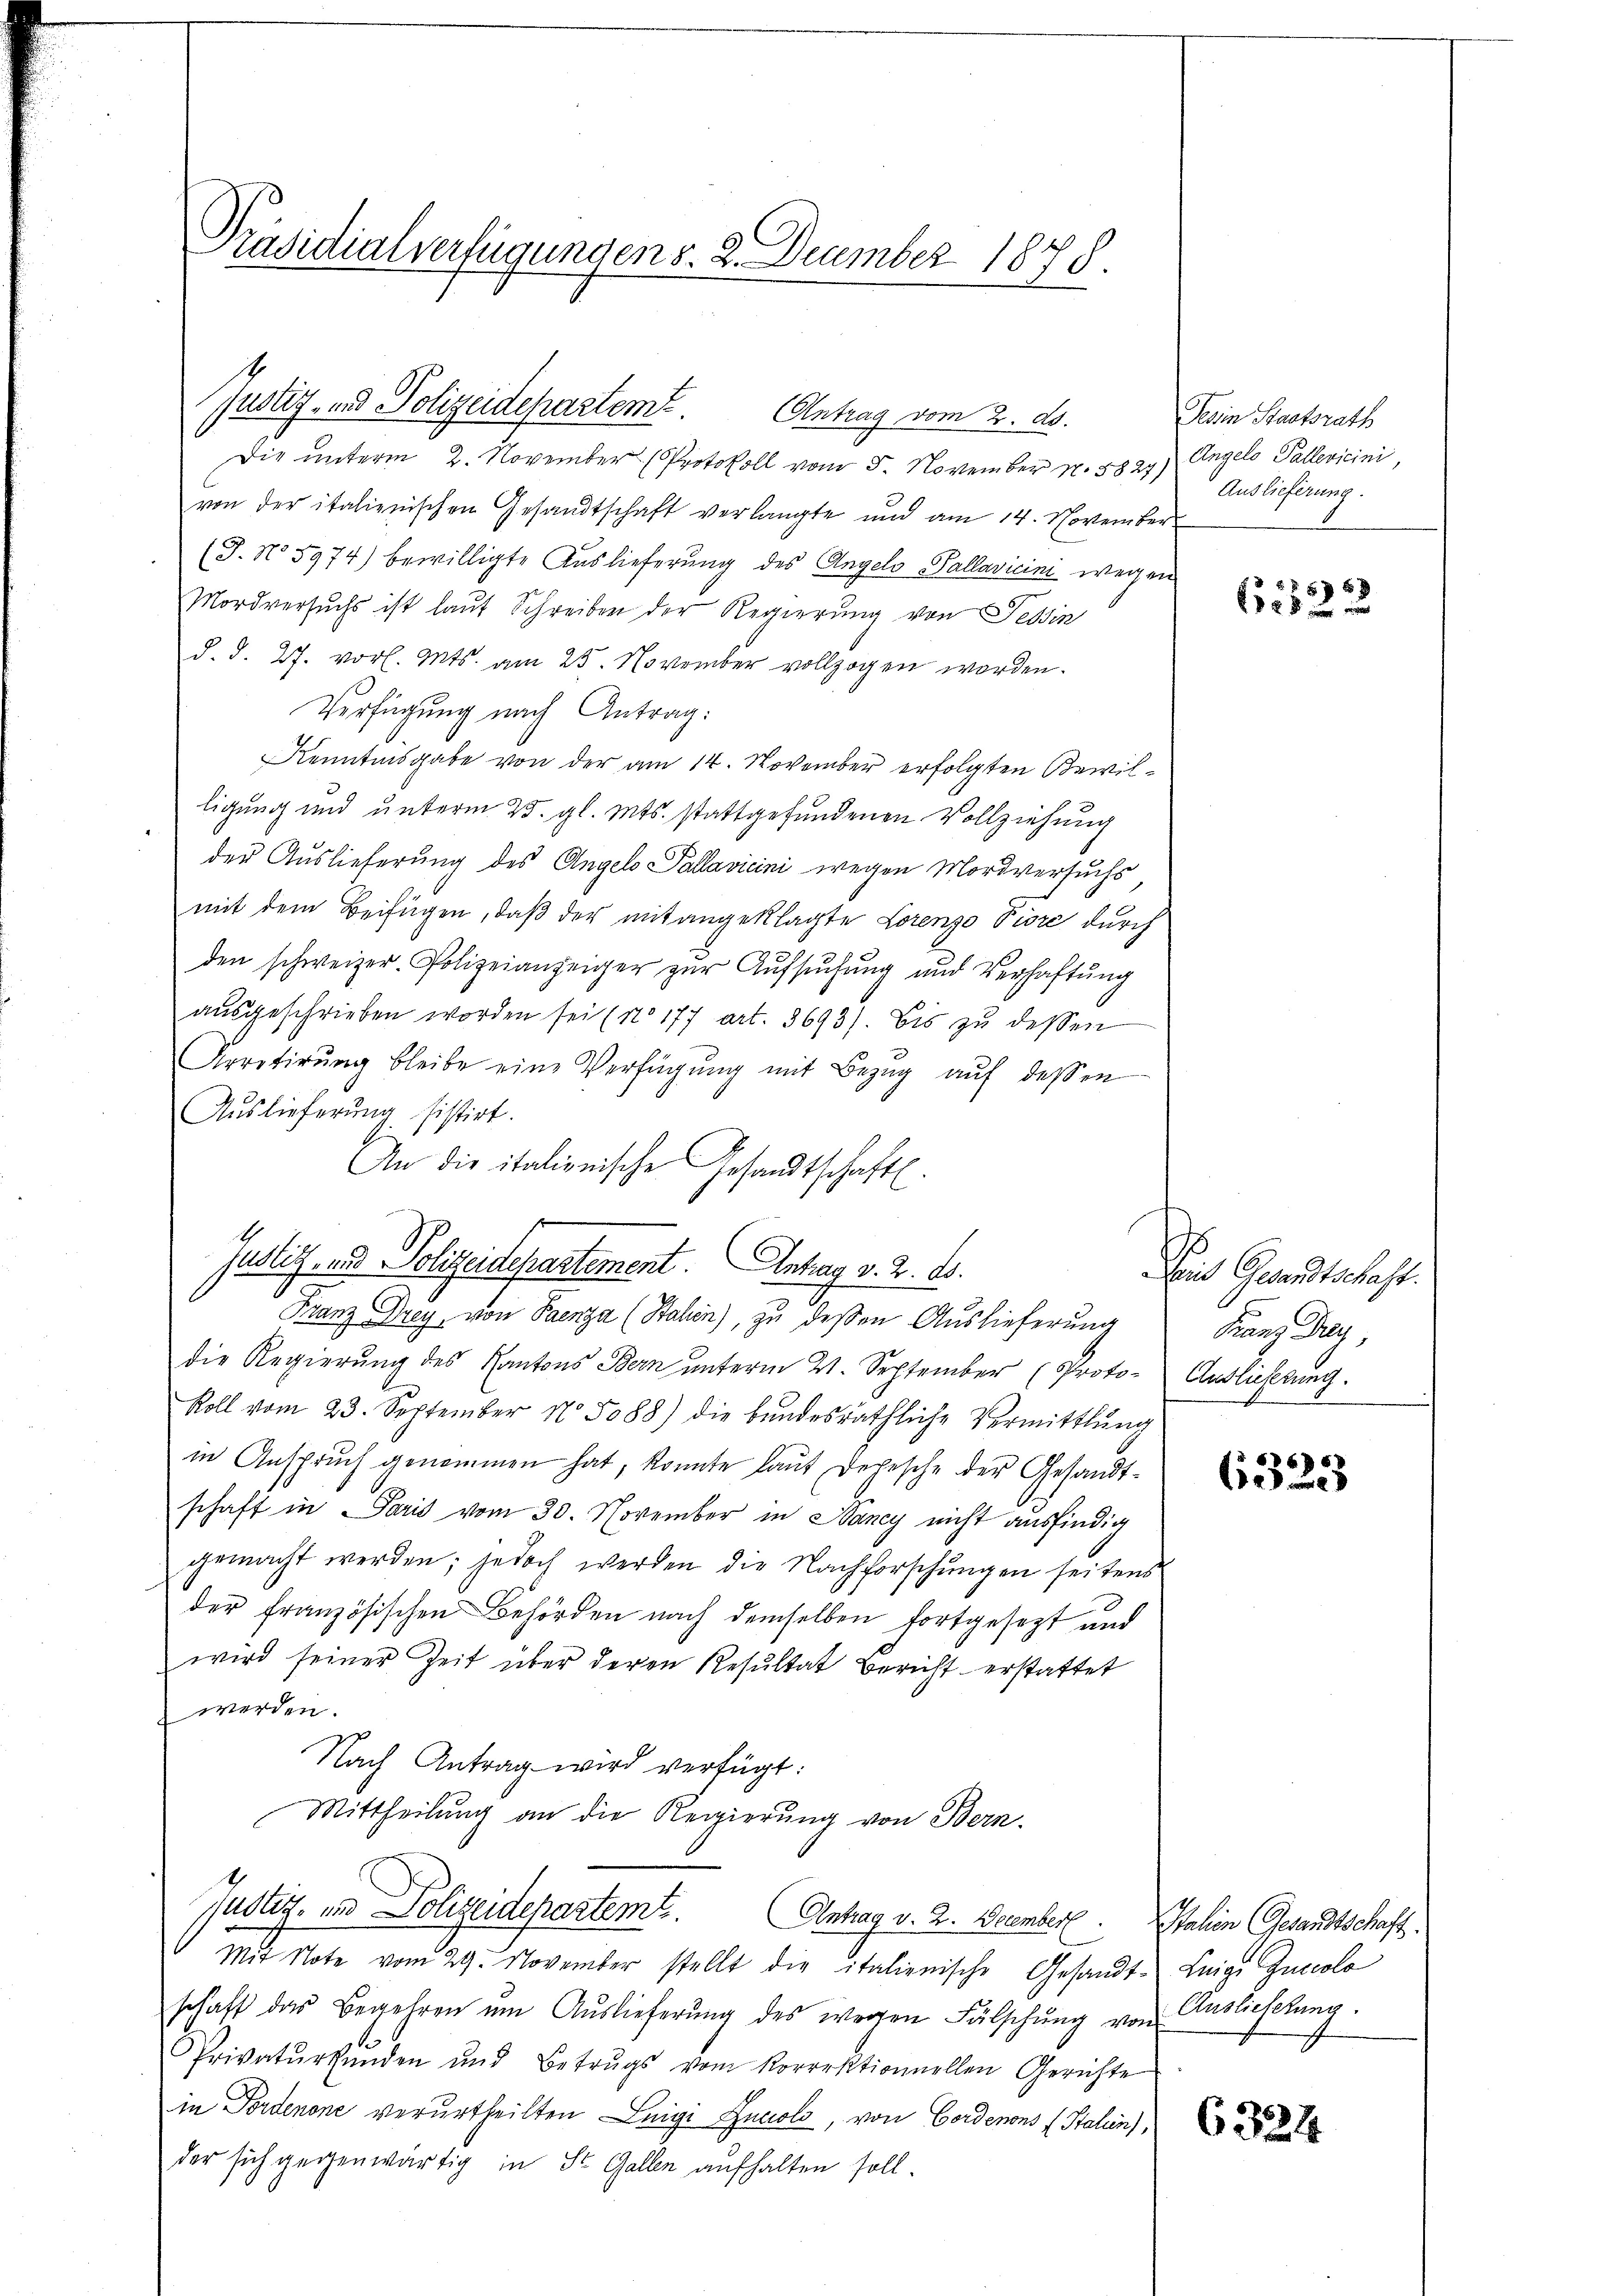
Präsidialverfügungen s. 2. Deumber 1878.

Die unterm 2. November Protokoll vom 5. November N. 8824) Angelo Pallevicini,
von der italienischen Gesandtschaft verlangte und am 14. November
(J. No 5974) bewilligte Auslieferung des Angelo Pallavicini wegen
Mordversuchs ist laut Schreiben der Regierung von Tessin
d. d. 27. vor. Mts. am 25. November vollzogen worden.
Verfügung nach Antrag:
Kenntnisgabe von der am 14. November erfolgten Bewilligung und unterm 25. gl. Mts. stattgefundenen Vollziehung
der Auslieferung des Angelo Pallavicini wegen Mordversuchs
mit dem Beifügen, daß der mit angeklagte Lorenzo Piori durch
den schweizer-Polizeianzeiger zŭr Aŭfsŭchŭng und Verhaftung
aŭsgeschrieben worden sei (No 177 Art. 3693). Bis zŭ dessen
Arretirŭng bleibe eine Verfügŭng mit Bezŭg aŭf dessen
Auslieferung sistirt.
An die italionische Gesandtschaft.
Justiz- und Polizeidepartement Antrag v. 2. ds.
Franz rey, von Paenza (Stahen), zu deßen Auslieferung
die Regierung des Kantons Bern unterm 21. September (Proto- Auslicherung.
Roll vom 23. September 15088) die bŭndesräthliche Vermittlung
in Ansprŭch genommen hat, konnte laut Depesche der Gesandt-
schaft in Paris vom 30. November in Nancy nicht ausfindig
gemacht werden; jedoch werden die Nachforschungen seitens
der französischen Behörden nach demselben fortgesezt und
wird seiner Zeit über deren Resultat Bericht erstattet
werden.
Nach Antrag wird verfügt:
Mittheilung an die Regierung von Bern.
Justiz- und Polizeidepartemt. Antrag v. 2. Decembert. Jahren Gesandtschaft.
Mit Note vom 29. November stellt die italienische Gesandt-Leige Guccolo
schaft das Begehren um Auslieferŭng des wegen Fälschung von Auslieferung.
Privaturkunden und Betrugs vom Korrektionnellen Gerichte
in Fordenone verurtheilten Luigi Incolo, von Cordenons Stalien),
der sich gegenwärtig in St. Gallen aufhalten soll.

Justiz- und Polizeideparteme. Antrag vom 2. ds.

e

Tessin Staatsrath
Auslieferung.

61522

Mit Gesandtschaft.
Franz Drey,

6325

6324